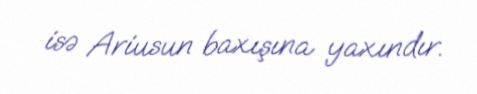
isə Ariusun baxışına yaxındır.